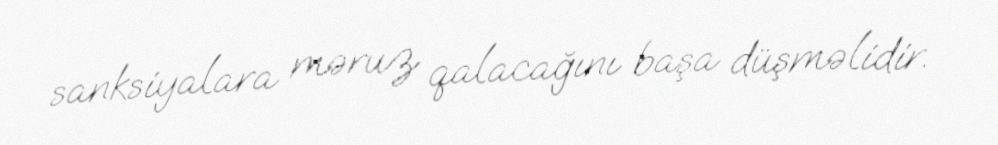
sanksiyalara məruz qalacağını başa düşməlidir.